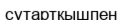
сутартқышпен